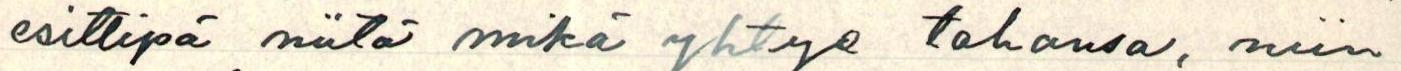
esittipä niitä mikä yhtye tahansa, niin